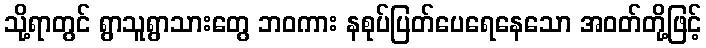
သို့ရာတွင် ရွာသူရွာသားတွေ ဘဝကား နစုပ်ပြတ်ပေရေနေသော အဝတ်တို့ဖြင့်